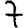
Digit: 7